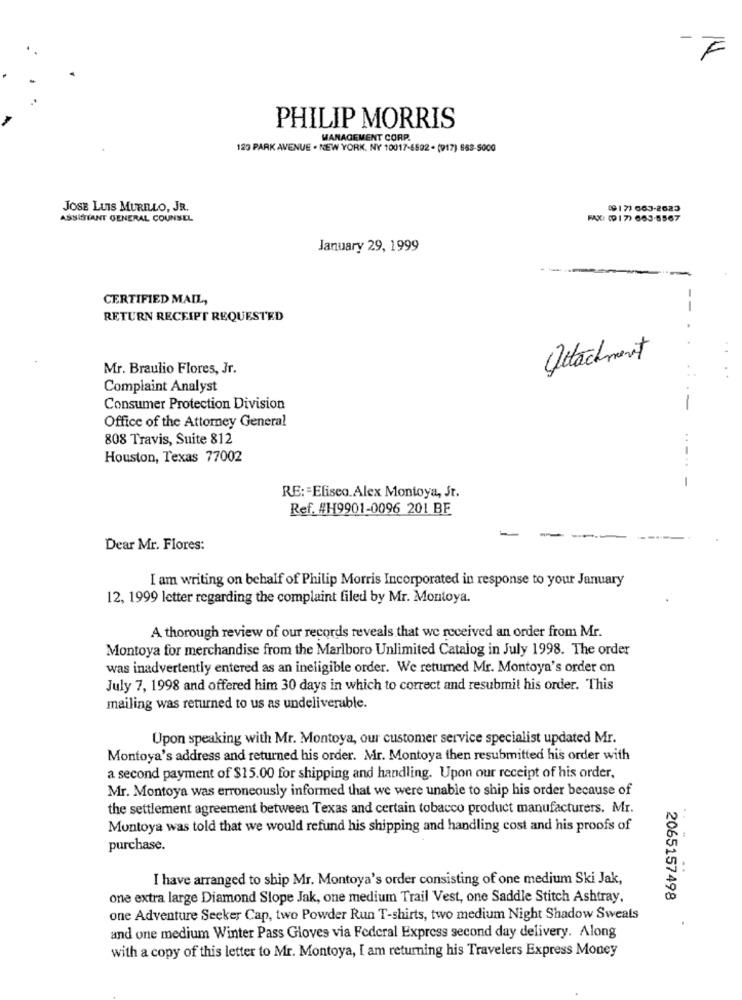
F
PHILIP MORRIS
MANAGEMENT CORP.
123 PARK AVENUE . NEW YORK, NY 10017-6592 . (917) 663-5000
JOSE LUIS MURILLO, JR.
49177 663-2623
ASSISTANT GENERAL COUNSEL
FAX: (9 1 7) 663-5567
January 29, 1999
CERTIFIED MAIL,
--
RETURN RECEIPT REQUESTED
Detachment
Mr. Braulio Flores, Jr.
Complaint Analyst
Consumer Protection Division
Office of the Attorney General
808 Travis, Suite 812
.-
Houston, Texas 77002
..
-
RE: = Eliseo. Alex Montoya, St.
Ref. #H9901-0096 201 BE
-
Dear Mr. Flores:
I am writing on behalf of Philip Morris Incorporated in response to your January
12, 1999 letter regarding the complaint filed by Mr. Montoya.
A thorough review of our records reveals that we received an order from Mr.
Montoya for merchandise from the Marlboro Unlimited Catalog in July 1998. The order
was inadvertently entered as an ineligible order. We returned Mr. Montoya's order on
July 7, 1998 and offered him 30 days in which to correct and resubmit his order. This
mailing was returned to us as undeliverable.
Upon speaking with Mr. Montoya, our customer service specialist updated Mr.
Montoya's address and returned his order. Mr. Montoya then resubmitted his order with
a second payment of $15.00 for shipping and handling. Upon our receipt of his order,
Mr. Montoya was erroneously informed that we were unable to ship his order because of
the settlement agreement between Texas and certain tobacco product manufacturers. Mr.
Montoya was told that we would refund his shipping and handling cost and his proofs of
purchase.
I have arranged to ship Mr. Montoya's order consisting of one medium Ski Jak,
one extra large Diamond Slope Jak, one medium Trail Vest, one Saddle Stitch Ashtray.
2065157498
one Adventure Seeker Cap, two Powder Run T-shirts, two medium Night Shadow Sweats
and one medium Winter Pass Gloves via Federal Express second day delivery. Along
with a copy of this letter to Mr. Montoya, I am returning his Travelers Express Money